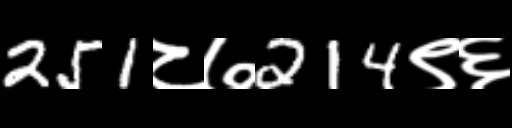
Text: 251८७214९६